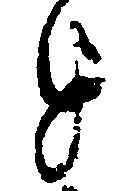
を